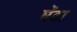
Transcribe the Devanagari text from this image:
घेंटा